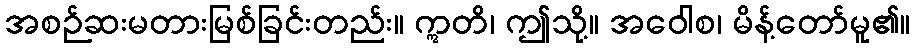
အစဉ်ဆးမတားမြစ်ခြင်းတည်း။ ဣတိ၊ ဤသို့။ အဝေါစ၊ မိန့်တော်မူ၏။